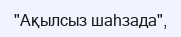
"Ақылсыз шаһзада",